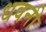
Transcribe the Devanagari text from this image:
धवनी